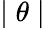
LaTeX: \mid\theta\mid